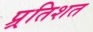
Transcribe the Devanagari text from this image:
प्र्रतिशत